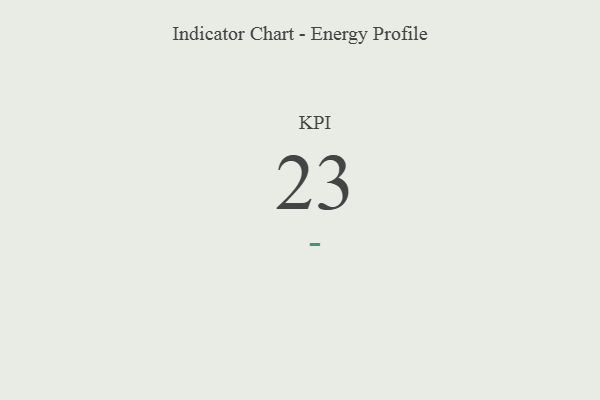
{"axis": {"x": "KPI", "y": "Value"}, "legend": [""], "data": [{"x": "KPI", "y": 23, "type": ""}]}